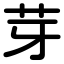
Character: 芽